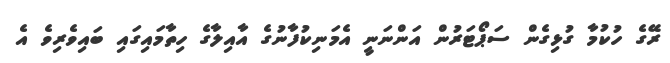
ރޭގެ ހުކުމާ ގުޅިގެން ސަޕޯޓަރުން އަންނަނީ އެމަނިކުފާނުގެ އާއިލާގެ ހިތާމައިގައި ބައިވެރިވެ އެ